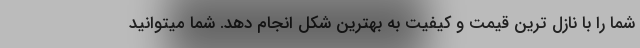
شما را با نازل ترین قیمت و کیفیت به بهترین شکل انجام دهد. شما میتوانید